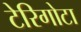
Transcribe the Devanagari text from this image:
टेरिगोटा